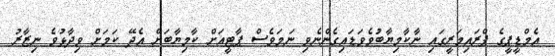
އެމްޑީޕީގެ ޕްރައިމަރީގައި ނާކާމިޔާބުވެވަޑައިގެންނެވި ނަމަވެސް ޕާޓީއަށް ކާމިޔާބަށް އެދޭ ކަމަށް ވިދާޅުވެ ނިޒާރު